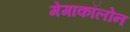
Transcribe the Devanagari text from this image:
मेगाकॉलोन